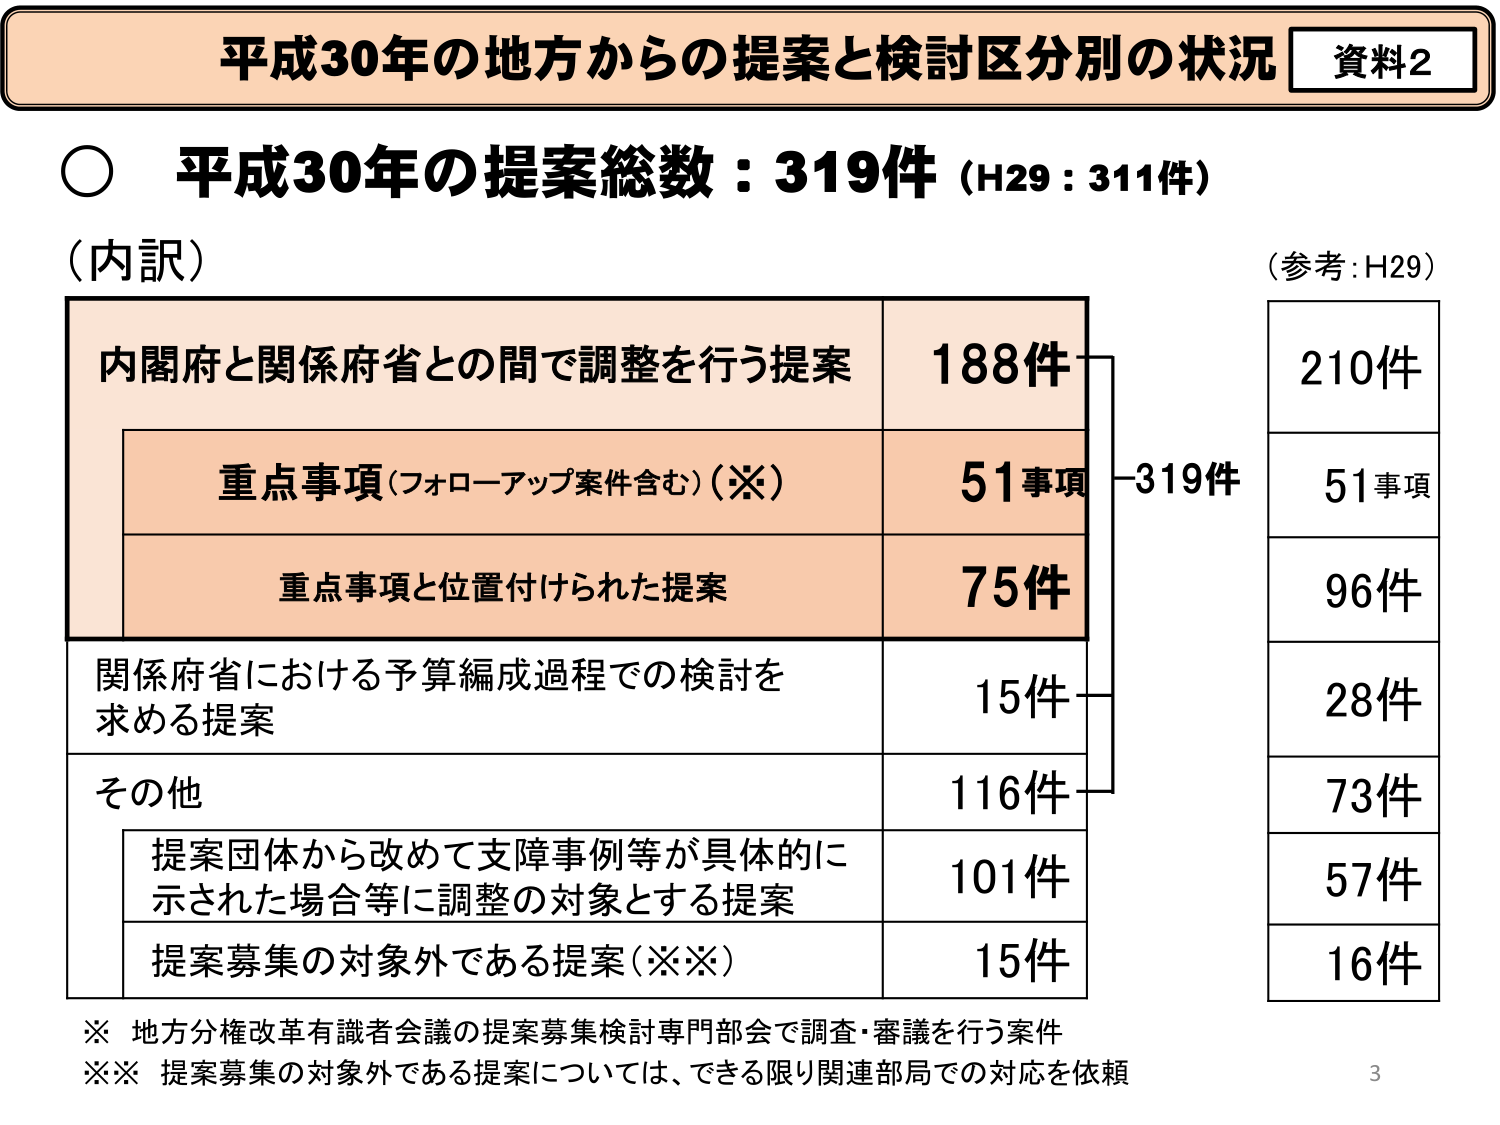
平成30年の地方からの提案と検討区分別の状況 資料2
○ 平成30年の提案総数：319件（H29：311件）
（内訳）
内閣府と関係府省との間で調整を行う提案 188件
　重点事項（フォローアップ案件含む）（※） 51事項
　重点事項と位置付けられた提案 75件
関係府省における予算編成過程での検討を求める提案 15件
その他 116件
　提案団体から改めて支障事例等が具体的に示された場合等に調整の対象とする提案 101件
　提案募集の対象外である提案（※※） 15件
（参考：H29）
　210件
　51事項
　96件
　28件
　73件
　57件
　16件
※ 地方分権改革有識者会議の提案募集検討専門部会で調査・審議を行う案件
※※ 提案募集の対象外である提案については、できる限り関連部局での対応を依頼
3